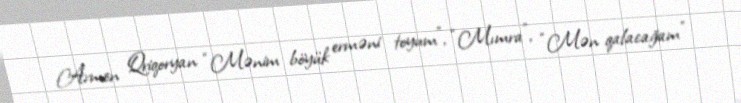
Armen Qriqoryan “Mənim böyük erməni toyum”, “Mımra”, “Mən qalacağam”